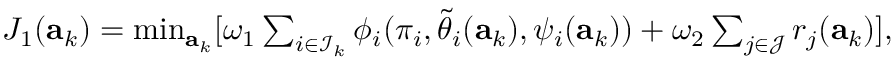
\begin{array} { r } { J _ { 1 } ( \mathbf { a } _ { k } ) = \operatorname* { m i n } _ { \mathbf { a } _ { k } } [ \omega _ { 1 } \sum _ { i \in \mathcal { I } _ { k } } \phi _ { i } ( \pi _ { i } , \tilde { \theta } _ { i } ( \mathbf { a } _ { k } ) , \psi _ { i } ( \mathbf { a } _ { k } ) ) + \omega _ { 2 } \sum _ { j \in \mathcal { J } } r _ { j } ( \mathbf { a } _ { k } ) ] , } \end{array}